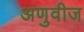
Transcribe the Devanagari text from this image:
अणुवीज